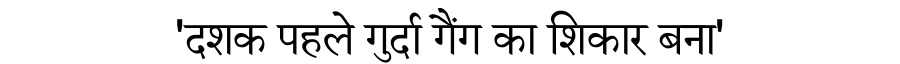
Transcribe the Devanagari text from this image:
'दशक पहले गुर्दा गैंग का शिकार बना'